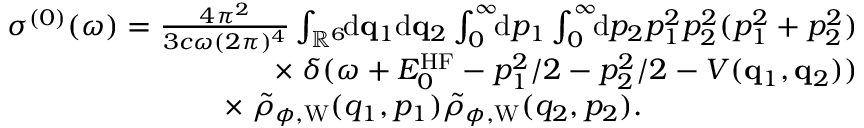
\begin{array} { r } { \sigma ^ { ( 0 ) } ( \omega ) = \frac { 4 \pi ^ { 2 } } { 3 c \omega ( 2 \pi ) ^ { 4 } } \int _ { \mathbb { R } ^ { 6 } } \! \! \ensuremath { \mathrm { d } } \ensuremath { \mathbf { q } } _ { 1 } \ensuremath { \mathrm { d } } \ensuremath { \mathbf { q } } _ { 2 } \int _ { 0 } ^ { \infty } \! \! \ensuremath { \mathrm { d } } p _ { 1 } \int _ { 0 } ^ { \infty } \! \! \ensuremath { \mathrm { d } } p _ { 2 } p _ { 1 } ^ { 2 } p _ { 2 } ^ { 2 } ( p _ { 1 } ^ { 2 } + p _ { 2 } ^ { 2 } ) } \\ { \times \; \delta ( \omega + E _ { 0 } ^ { \mathrm { H F } } - p _ { 1 } ^ { 2 } / 2 - p _ { 2 } ^ { 2 } / 2 - V ( \ensuremath { \mathbf { q } } _ { 1 } , \ensuremath { \mathbf { q } } _ { 2 } ) ) } \\ { \times \; \tilde { \rho } _ { \phi , \mathrm { W } } ( q _ { 1 } , p _ { 1 } ) \tilde { \rho } _ { \phi , \mathrm { W } } ( q _ { 2 } , p _ { 2 } ) . \phantom { x x x x x x x x x x x } } \end{array}